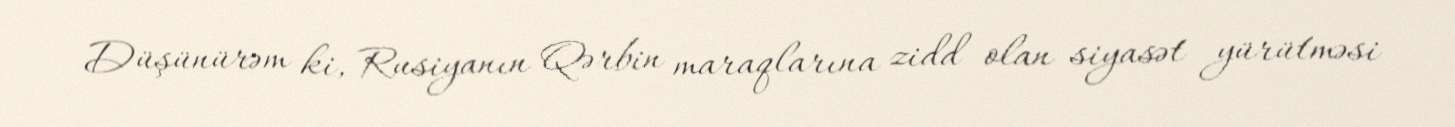
Düşünürəm ki, Rusiyanın Qərbin maraqlarına zidd olan siyasət yürütməsi